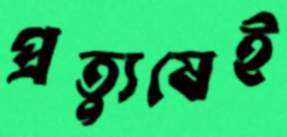
প্রত্যুষেই